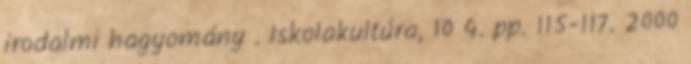
irodalmi hagyomány . Iskolakultúra, 10 4. pp. 115-117. 2000